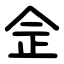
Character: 佱